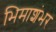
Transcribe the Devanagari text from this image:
भिमाशंभर